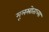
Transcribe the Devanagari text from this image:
मूलस्रोताच्या